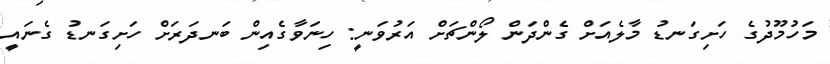
މަހުމޫދުގެ ހަށިގަނޑު މާލެއަށް ގެންދަން ލޯންޗަށް އަރުވަނީ: ހިނަވާގެއިން ބަނދަރަށް ހަށިގަނޑު ގެނައީ